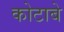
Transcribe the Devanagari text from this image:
कोटाबे